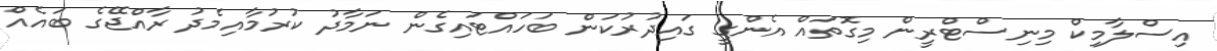
އިސްލާމިކް މިނިސްޓްރީން މިގޮތައް އެންގީ ގައިދުރުކަން ބަހައްޓައިގެން ނަމާދު ކުރުމާއިމެދު ރާއްޖޭގެ ބައެއް